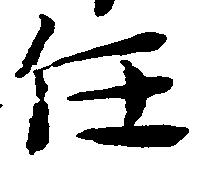
任